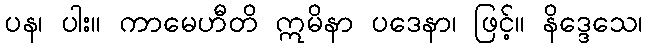
ပန၊ ပါး။ ကာမေဟီတိ ဣမိနာ ပဒေနာ၊ ဖြင့်။ နိဒ္ဒေသေ၊